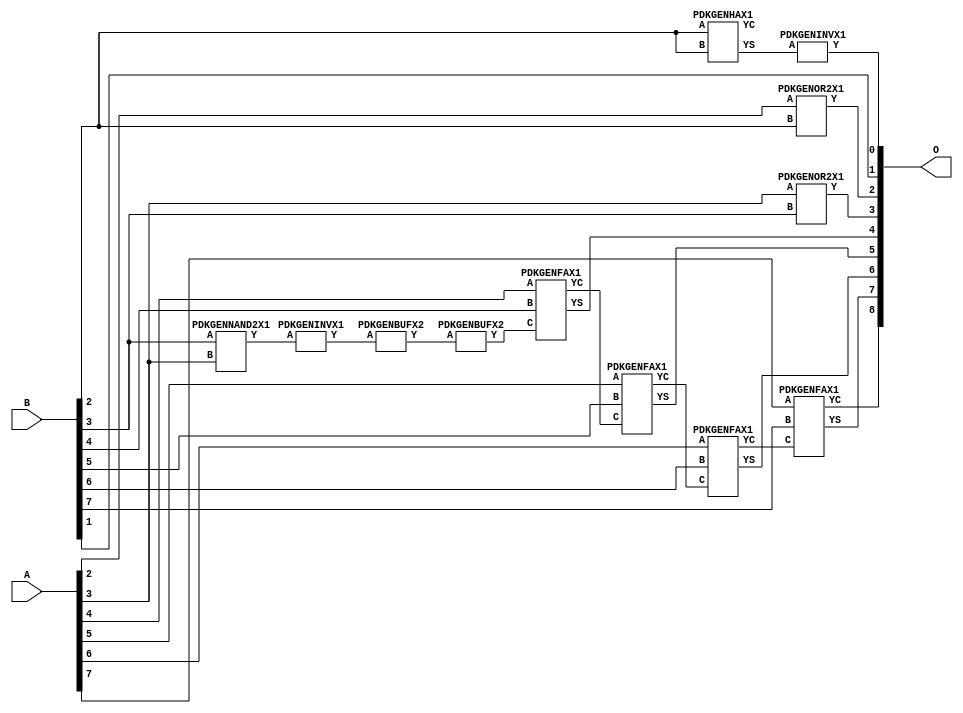
// Library = EvoApprox8b
// Circuit = add8_367
// Area   (180) = 728
// Delay  (180) = 1.150
// Power  (180) = 204.20
// Area   (45) = 54
// Delay  (45) = 0.440
// Power  (45) = 19.54
// Nodes = 12
// HD = 152704
// MAE = 3.14062
// MSE = 16.50000
// MRE = 1.65 %
// WCE = 9
// WCRE = 100 %
// EP = 85.9 %

module add8_367(A, B, O);
  input [7:0] A;
  input [7:0] B;
  output [8:0] O;
  wire [2031:0] N;

  assign N[0] = A[0];
  assign N[1] = A[0];
  assign N[2] = A[1];
  assign N[3] = A[1];
  assign N[4] = A[2];
  assign N[5] = A[2];
  assign N[6] = A[3];
  assign N[7] = A[3];
  assign N[8] = A[4];
  assign N[9] = A[4];
  assign N[10] = A[5];
  assign N[11] = A[5];
  assign N[12] = A[6];
  assign N[13] = A[6];
  assign N[14] = A[7];
  assign N[15] = A[7];
  assign N[16] = B[0];
  assign N[17] = B[0];
  assign N[18] = B[1];
  assign N[19] = B[1];
  assign N[20] = B[2];
  assign N[21] = B[2];
  assign N[22] = B[3];
  assign N[23] = B[3];
  assign N[24] = B[4];
  assign N[25] = B[4];
  assign N[26] = B[5];
  assign N[27] = B[5];
  assign N[28] = B[6];
  assign N[29] = B[6];
  assign N[30] = B[7];
  assign N[31] = B[7];

  PDKGENNAND2X1 n32(.A(N[22]), .B(N[6]), .Y(N[32]));
  assign N[33] = N[32];
  PDKGENINVX1 n38(.A(N[33]), .Y(N[38]));
  PDKGENHAX1 n40(.A(N[20]), .B(N[20]), .YS(N[40]), .YC(N[41]));
  PDKGENBUFX2 n66(.A(N[38]), .Y(N[66]));
  PDKGENINVX1 n126(.A(N[40]), .Y(N[126]));
  assign N[127] = N[126];
  PDKGENOR2X1 n132(.A(N[4]), .B(N[20]), .Y(N[132]));
  PDKGENOR2X1 n182(.A(N[6]), .B(N[22]), .Y(N[182]));
  PDKGENBUFX2 n212(.A(N[66]), .Y(N[212]));
  PDKGENFAX1 n232(.A(N[8]), .B(N[24]), .C(N[212]), .YS(N[232]), .YC(N[233]));
  PDKGENFAX1 n282(.A(N[10]), .B(N[26]), .C(N[233]), .YS(N[282]), .YC(N[283]));
  PDKGENFAX1 n332(.A(N[12]), .B(N[28]), .C(N[283]), .YS(N[332]), .YC(N[333]));
  PDKGENFAX1 n382(.A(N[14]), .B(N[30]), .C(N[333]), .YS(N[382]), .YC(N[383]));

  assign O[0] = N[127];
  assign O[1] = N[18];
  assign O[2] = N[132];
  assign O[3] = N[182];
  assign O[4] = N[232];
  assign O[5] = N[282];
  assign O[6] = N[332];
  assign O[7] = N[382];
  assign O[8] = N[383];

endmodule
/* mod */
module PDKGENOR2X1(input A, input B, output Y );
     assign Y = A | B;
endmodule
/* mod */
module PDKGENHAX1( input A, input B, output YS, output YC );
    assign YS = A ^ B;
    assign YC = A & B;
endmodule
/* mod */
module PDKGENINVX1(input A, output Y );
     assign Y = ~A;
endmodule
/* mod */
module PDKGENFAX1( input A, input B, input C, output YS, output YC );
    assign YS = (A ^ B) ^ C;
    assign YC = (A & B) | (B & C) | (A & C);
endmodule
/* mod */
module PDKGENBUFX2(input A, output Y );
     assign Y = A;
endmodule
/* mod */
module PDKGENNAND2X1(input A, input B, output Y );
     assign Y = ~(A & B);
endmodule